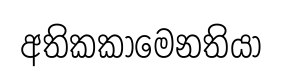
අතිකකාමෙනතියා